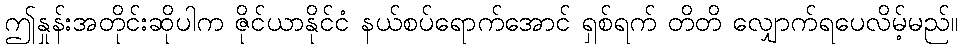
ဤနှုန်းအတိုင်းဆိုပါက ဇိုင်ယာနိုင်ငံ နယ်စပ်ရောက်အောင် ရှစ်ရက် တိတိ လျှောက်ရပေလိမ့်မည်။